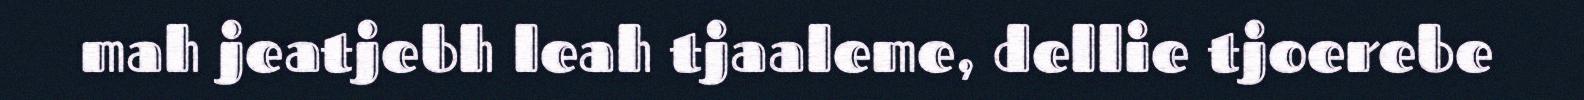
mah jeatjebh leah tjaaleme, dellie tjoerebe